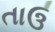
તાઉ